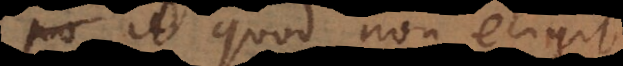
id quod non eligit